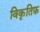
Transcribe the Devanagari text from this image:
विकृतिफ़